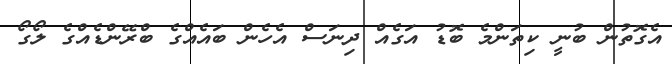
އެގޮތުން ބުނީ ކިތަންމެ ބޮޑު އަގެއް ދިނަސް އެހެން ބައެއްގެ ބްރޭންޑެއްގެ ލޯގޯ